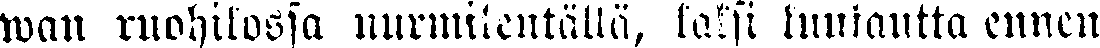
wan ruohikossa nurmikentällä, kaksi kuukautta ennen